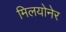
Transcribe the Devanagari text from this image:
मिलयोनेर